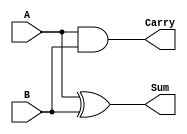
`timescale 1ns / 1ps
//////////////////////////////////////////////////////////////////////////////////
// Company: 
// Engineer: 
// 
// Design Name: 
// Module Name:    halfadder 
// Project Name: 
// Target Devices: 
// Tool versions: 
// Description: 
//
// Dependencies: 
//
// Revision: 
// Revision 0.01 - File Created
// Additional Comments: 
//
//////////////////////////////////////////////////////////////////////////////////
module halfadder(A,B,Sum,Carry);
	 
	 input A,B;
    output Sum,Carry;
	 
	 assign Sum = A^B;
	 assign Carry = A&B;
	 

endmodule